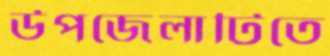
উপজেলাটিতে